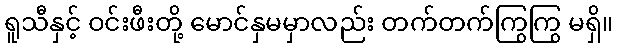
ရူသီနှင့် ဝင်းဖီးတို့ မောင်နှမမှာလည်း တက်တက်ကြွကြွ မရှိ။